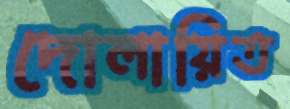
দোলায়িত